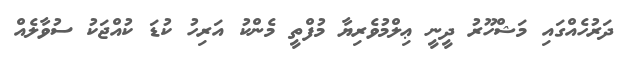
ދަރުހެއްގައި މަޝްހޫރު ދީނީ ޢިލްމުވެރިޔާ މުފްތީ މެންކު އަރިހު ކުޑަ ކުއްޖަކު ސުވާލެއް